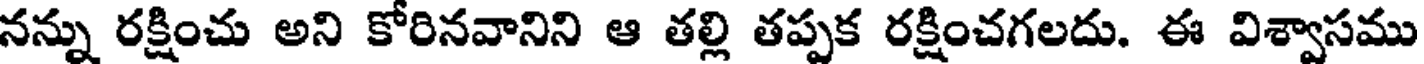
నన్ను రక్షించు అని కోరినవానిని ఆ తల్లి తప్పక రక్షించగలదు. ఈ విశ్వాసము